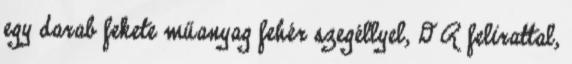
egy darab fekete műanyag fehér szegéllyel, D R felirattal,